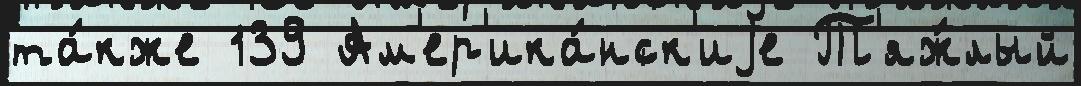
та́кже 139 Ам'ер'ика́нск'иjе Т'яж́лый